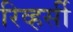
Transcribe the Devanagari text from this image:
रिव्हर्सी